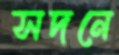
সদনে